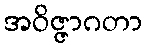
အဝိဇ္ဇာဂတာ